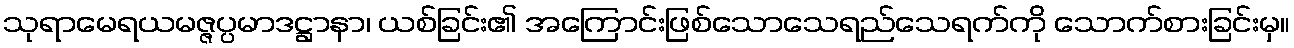
သုရာမေရယမဇ္ဇပ္ပမာဒဋ္ဌာနာ၊ ယစ်ခြင်း၏ အကြောင်းဖြစ်သောသေရည်သေရက်ကို သောက်စားခြင်းမှ။